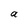
Character: a